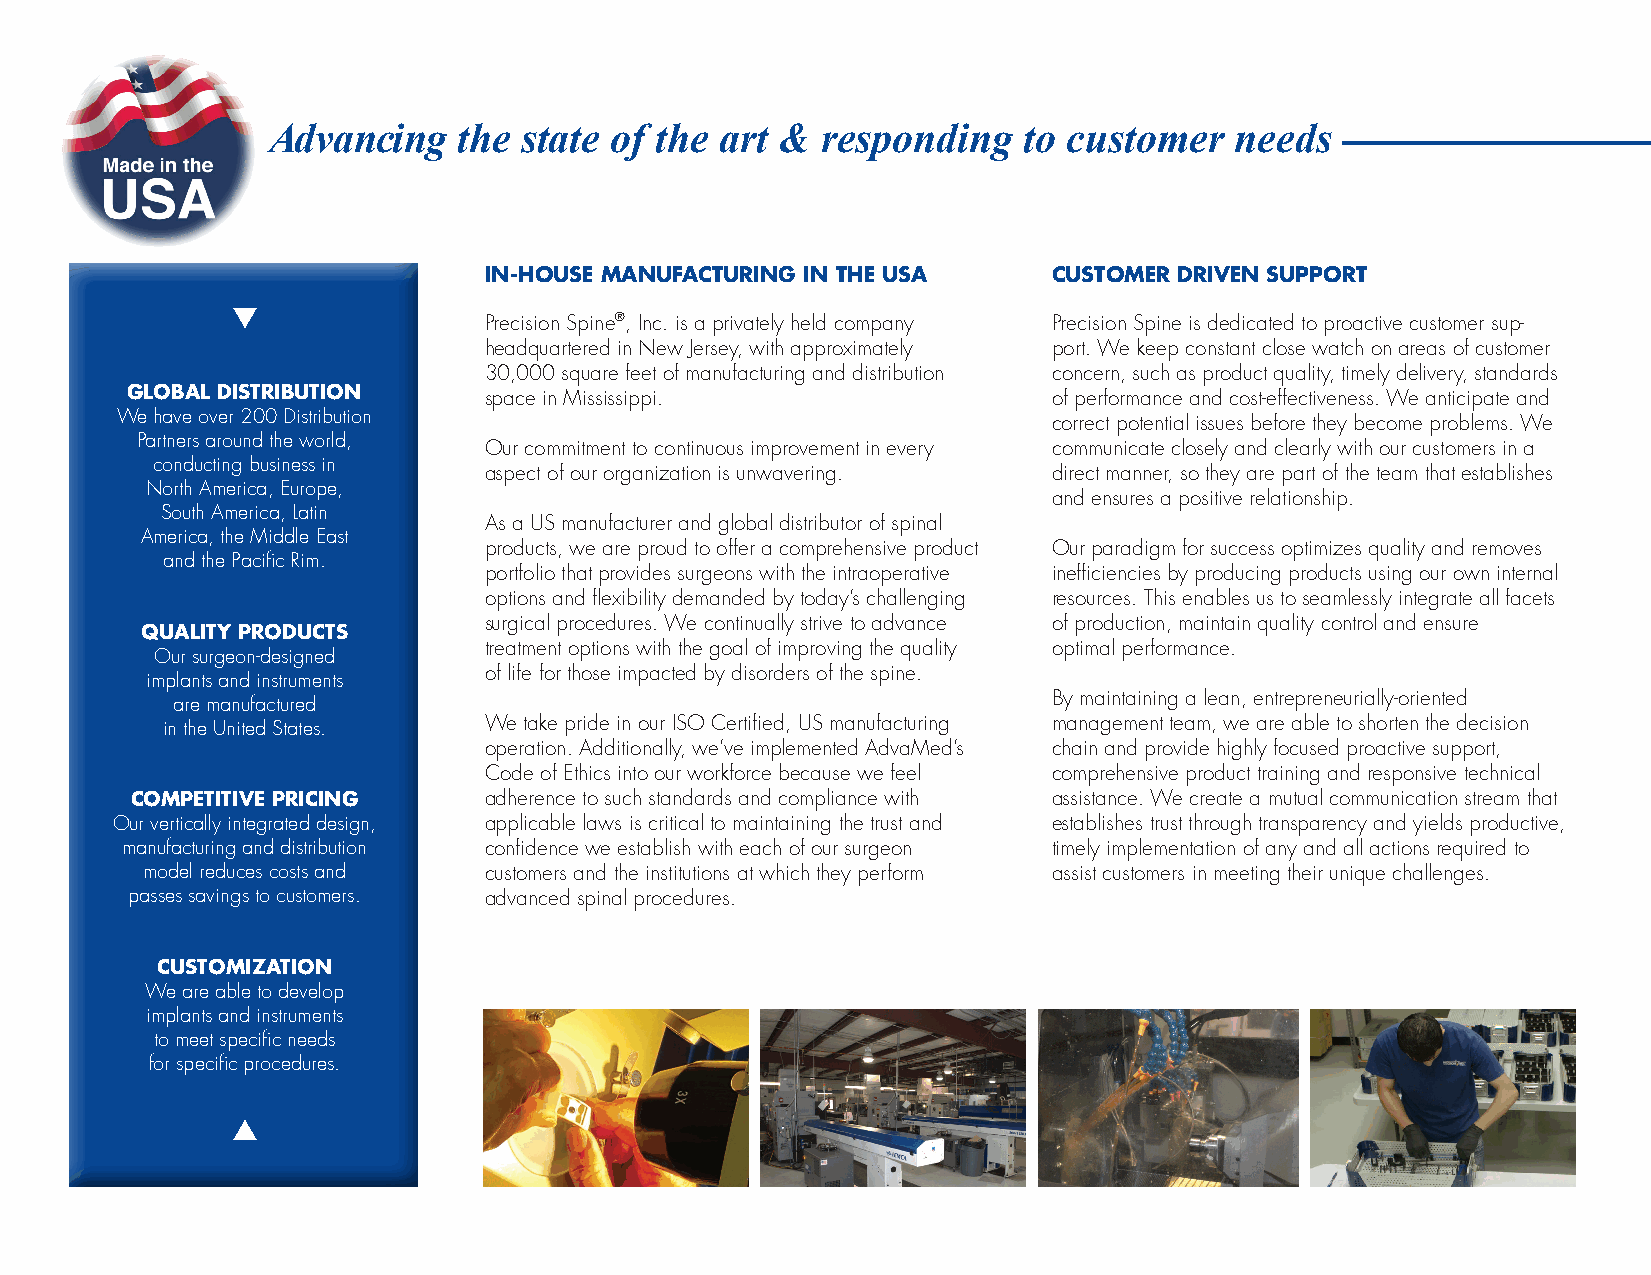
Advancing   the state of the  art & responding    to customer   needs
 IN-HOUSE MANUFACTURING IN THE USA     CUSTOMER DRIVEN SUPPORT
 ▼
 Precision Spine®, Inc. is a privately held company Precision Spine is dedicated to proactive customer sup-
 headquartered in New Jersey, with approximately port. We keep constant close watch on areas of customer
 30,000 square feet of manufacturing and distribution concern, such as product quality, timely delivery, standards
 GLOBAL DISTRIBUTION     space in Mississippi.                 of performance and cost-effectiveness. We anticipate and
 We have over 200 Distribution
 correct potential issues before they become problems. We
 Partners around the world,
 Our commitment to continuous improvement in every communicate closely and clearly with our customers in a
 conducting business in
 aspect of our organization is unwavering. direct manner, so they are part of the team that establishes
 North America, Europe,
 and ensures a positive relationship.
 South America, Latin
 As a US manufacturer and global distributor of spinal
 America, the Middle East
 products, we are proud to offer a comprehensive product Our paradigm for success optimizes quality and removes
 and the Pacific Rim.
 portfolio that provides surgeons with the intraoperative inefficiencies by producing products using our own internal
 options and flexibility demanded by today’s challenging resources. This enables us to seamlessly integrate all facets
 surgical procedures. We continually strive to advance of production, maintain quality control and ensure
 QUALITY PRODUCTS
 treatment options with the goal of improving the quality optimal performance.
 Our surgeon-designed
 of life for those impacted by disorders of the spine.
 implants and instruments
 are manufactured                                           By maintaining a lean, entrepreneurially-oriented
 in the United States. We take pride in our ISO Certified, US manufacturing management team, we are able to shorten the decision
 operation. Additionally, we’ve implemented AdvaMed’s chain and provide highly focused proactive support,
 Code of Ethics into our workforce because we feel comprehensive product training and responsive technical
 COMPETITIVE PRICING    adherence to such standards and compliance with assistance. We create a mutual communication stream that
 Our vertically integrated design, applicable laws is critical to maintaining the trust and establishes trust through transparency and yields productive,
 manufacturing and distribution confidence we establish with each of our surgeon timely implementation of any and all actions required to
 model reduces costs and customers and the institutions at which they perform assist customers in meeting their unique challenges.
 passes savings to customers. advanced spinal procedures.
 CUSTOMIZATION
 We are able to develop
 implants and instruments
 to meet specific needs
 for specific procedures.
 ▼